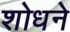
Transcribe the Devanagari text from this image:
शोधने